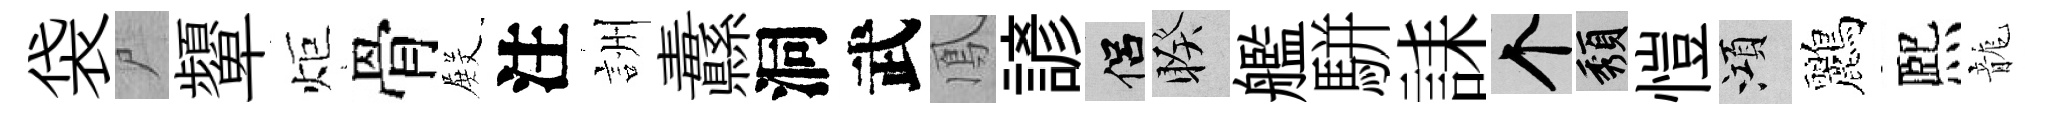
袋尸顰炬骨𭮺注詶纛洞武鳳諺侣睽艦駢誄个頽愷澒鸝熈龍